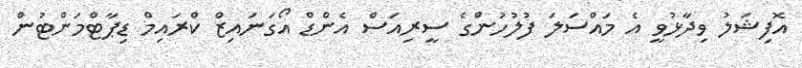
އޮފިޝަލު ވިދާޅުވީ އެ މައްސަލަ ފުލުހުންގެ ސީރިއަސް އެންޑް އޯގަނައިޒް ކްރައިމް ޑިޕާޓްމަންޓުން